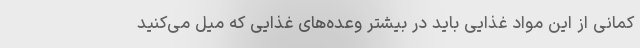
کمانی از این مواد غذایی باید در بیشتر وعده‌های غذایی که میل می‌کنید